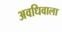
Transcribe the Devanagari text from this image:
अवधिवाला